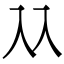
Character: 𠓜